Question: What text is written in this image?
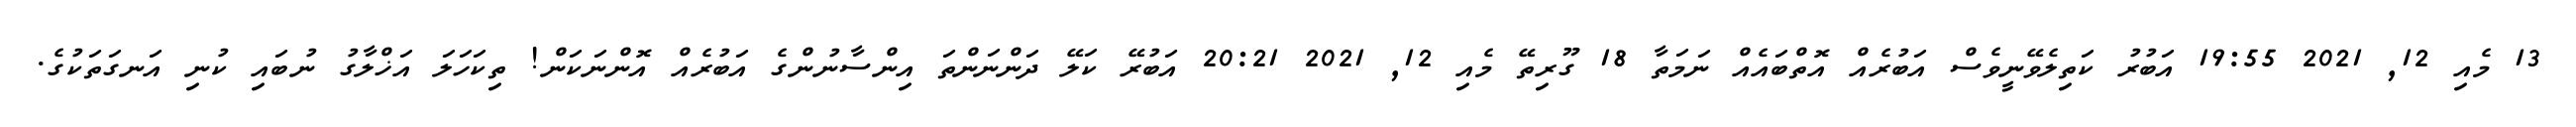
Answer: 13 މެއި 12, 2021 19:55 އަބުރު ކަތިލެވޭނީވެސް އަބުރެއް އޮތްބައެއް ނަމަތާ 18 ގޫރިތޭ މެއި 12, 2021 20:21 އަބުރޭ ކަލޭ ދަންނަންތަ އިންސާނުންގެ އަބުރެއް އޮންނަކަން! ތިކަހަލަ އަޚްލާގު ނުބައި ކުނި އަނގަތަކުގެ.